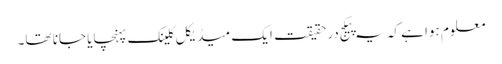
معلوم ہوا ہے کہ یہ پیکج درحقیقت ایک میڈیکل کلینک پہنچایا جانا تھا۔